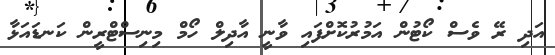
އަދި ރޭ ވެސް ކޯޓުން އަމުރުކޮށްފައި ވާނީ އާދިލް ހޯމް މިނިސްޓްރީން ކަނޑައަޅާ